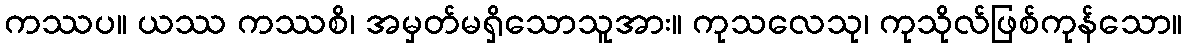
ကဿပ။ ယဿ ကဿစိ၊ အမှတ်မရှိသောသူအား။ ကုသလေသု၊ ကုသိုလ်ဖြစ်ကုန်သော။